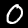
Digit: 0